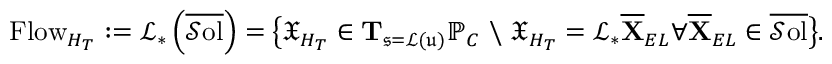
\mathrm { F l o w } _ { H _ { T } } : = \mathcal { L } _ { * } \left( \overline { { \mathcal { S } \mathrm { o l } } } \right) = \big \{ \mathfrak { X } _ { H _ { T } } \in \mathbf { T } _ { \mathfrak { s } = \mathcal { L } ( \mathfrak { u } ) } \mathbb { P } _ { C } \ \backslash \ \mathfrak { X } _ { H _ { T } } = \mathcal { L } _ { * } \overline { { \mathbf { X } } } _ { E L } \forall \overline { { \mathbf { X } } } _ { E L } \in \overline { { \mathcal { S } \mathrm { o l } } } \big \} .